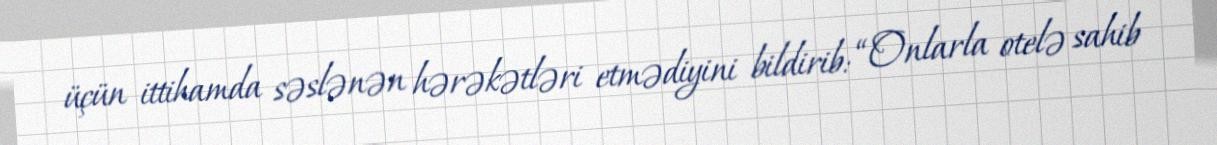
üçün ittihamda səslənən hərəkətləri etmədiyini bildirib: “Onlarla otelə sahib